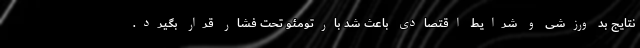
نتایج بد ورزشی و شرایط اقتصادی باعث شد بارتومئو تحت فشار قرار بگیرد.